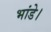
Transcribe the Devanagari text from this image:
भांडे।